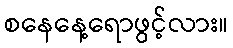
စနေနေ့ရောဖွင့်လား။